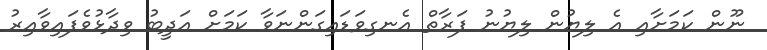
ނޫން ކަމަށާއި އެ ލިޔުން ލިޔުނު ފަރާތް އެނގިވަޑައިގަންނަވާ ކަމަށް އަދީބު ވިދާޅުވެފައިވާއިރު